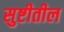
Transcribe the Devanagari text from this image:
सुष्टीतील